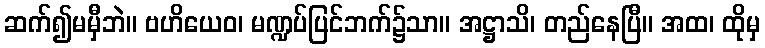
ဆက်၍မမှီဘဲ။ ဗဟိယေဝ၊ မဏ္ဍပ်ပြင်ဘက်၌သာ။ အဋ္ဌာသိ၊ တည်နေပြီ။ အထ၊ ထိုမှ